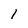
Character: 1